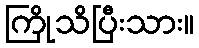
ကြိုသိပြီးသား။